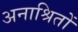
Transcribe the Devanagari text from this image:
अनाश्रितों